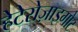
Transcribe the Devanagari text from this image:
हेटेरोज़ाइगोट